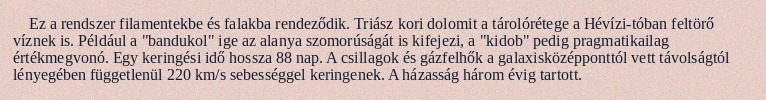
Ez a rendszer filamentekbe és falakba rendeződik. Triász kori dolomit a tárolórétege a Hévízi-tóban feltörő víznek is. Például a "bandukol" ige az alanya szomorúságát is kifejezi, a "kidob" pedig pragmatikailag értékmegvonó. Egy keringési idő hossza 88 nap. A csillagok és gázfelhők a galaxisközépponttól vett távolságtól lényegében függetlenül 220 km/s sebességgel keringenek. A házasság három évig tartott.